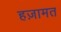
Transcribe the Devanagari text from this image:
हज़ामत